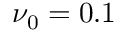
\nu _ { 0 } = 0 . 1